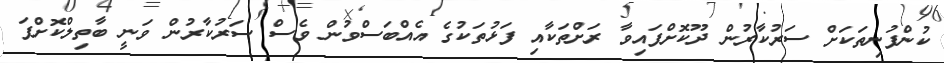
ކުންފުނިތަކަށް ސަރުކާރުން ދޫކޮށްފައިވާ ރަށްތަކާއި ފަޅުތަކުގެ އެއްބަސްވުން ވެސް ސަރުކާރުން ވަނީ ބާތިލްކޮށްފަ